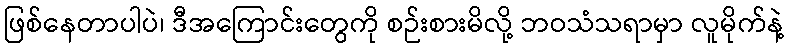
ဖြစ်နေတာပါပဲ၊ ဒီအကြောင်းတွေကို စဉ်းစားမိလို့ ဘဝသံသရာမှာ လူမိုက်နဲ့